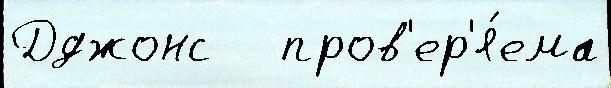
Дджонс   пров'ер'я́ема